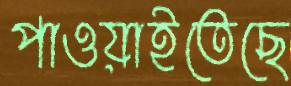
পাওয়াইতেছে